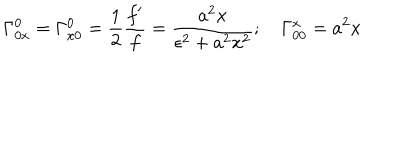
LaTeX: \Gamma _ { 0 x } ^ { 0 } = \Gamma _ { x 0 } ^ { 0 } = \frac { 1 } { 2 } \frac { f ^ { \prime } } { f } = \frac { a ^ { 2 } x } { \epsilon ^ { 2 } + a ^ { 2 } x ^ { 2 } } ; \quad \Gamma _ { 0 0 } ^ { x } = a ^ { 2 } x